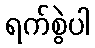
ရက်စွဲပါ